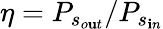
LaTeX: \eta=P_{s_{o\mathbf{u}t}}/P_{s_{\mathbf{i}n}}